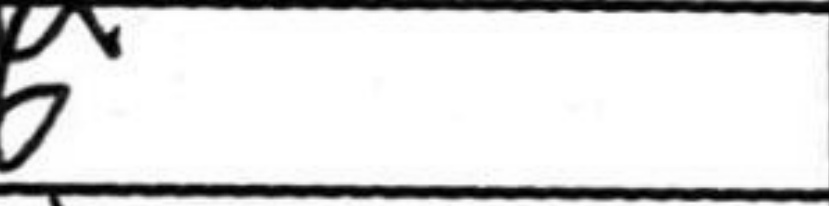
Transcription: a6